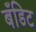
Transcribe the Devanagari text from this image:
बँडिट